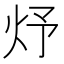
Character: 㶦